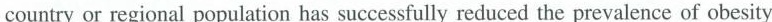
countryor regional population has successfully reduced the prevalence of obesity